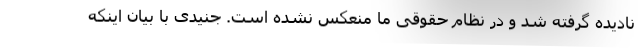
نادیده گرفته شد و در نظام حقوقی ما منعکس نشده است. جنیدی با بیان اینکه